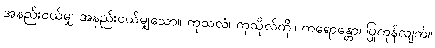
အနည်းငယ်မျှ အနည်းငယ်မျှသော။ ကုသလံ၊ ကုသိုလ်ကို။ ကရောန္တော၊ ပြုကုန်လျက်။